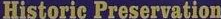
Historic Preservation